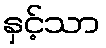
နှင့်သာ